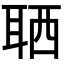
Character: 𦕩